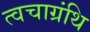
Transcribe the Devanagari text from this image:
त्वचाग्रंथि